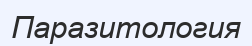
Паразитология